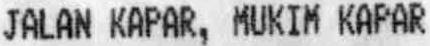
JALAN KAPAR, MUKIM KAPAR